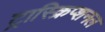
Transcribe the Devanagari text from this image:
ट्रास्क्रिप्शनल